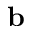
\mathbf { b }